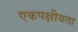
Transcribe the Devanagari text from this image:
एकपक्षीयता